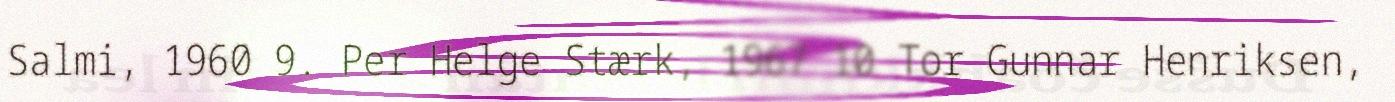
Salmi, 1960 9. Per Helge Stærk, 1967 10 Tor Gunnar Henriksen,